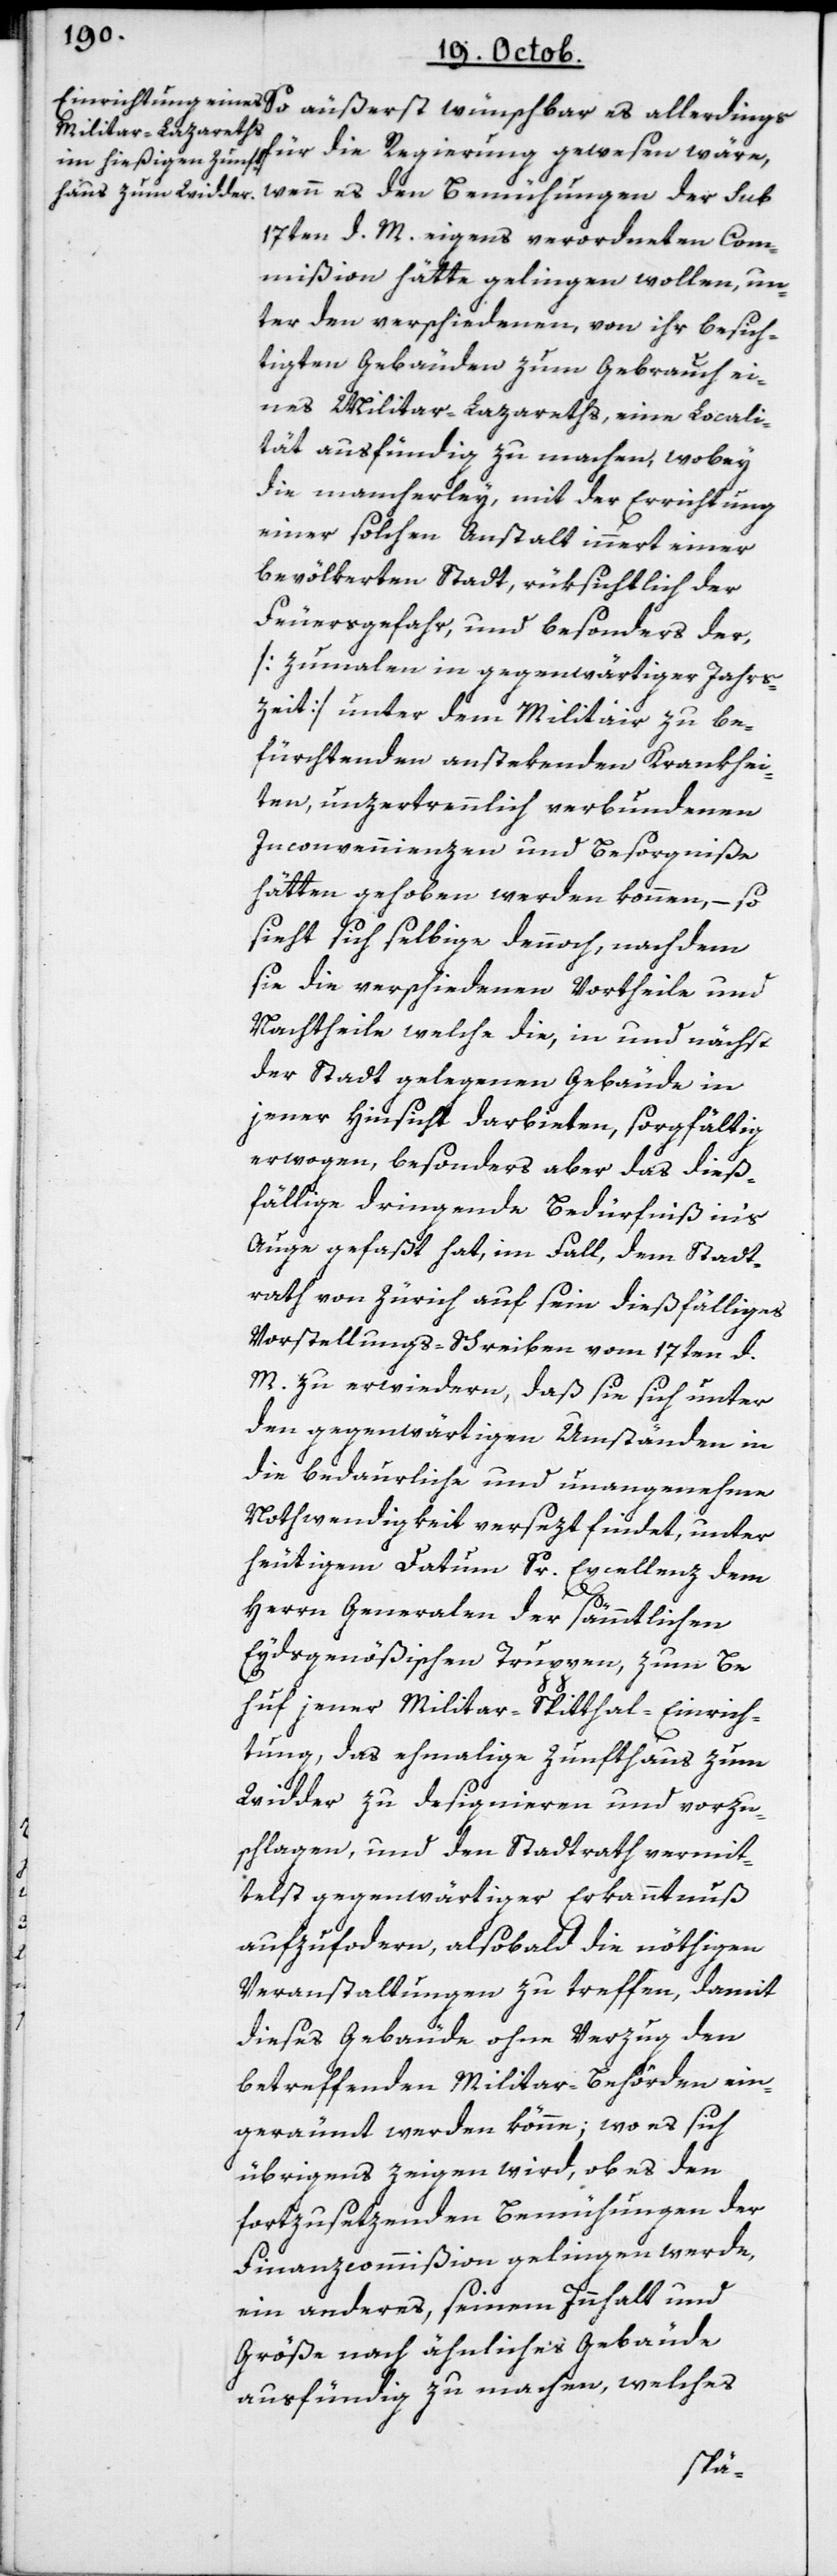
für die Regierung gewesen wäre,
wenn es den Bemühungen der sub
17ten d. M. eigens verordneten Com¬
mißion hätte gelingen wollen, un¬
ter den verschiedenen von ihr besich¬
tigten Gebäuden zum Gebrauch ei¬
nes Militar-Lazareths, eine Locali¬
tät ausfündig zu machen, wobey
die mancherley, mit der Errichtung
einer solchen Anstalt innert einer
bevölkerten Stadt, rüksichtlich der
Feuersgefahr und besonders der
[zumalen in gegenwärtiger Jahrs¬
zeit] unter dem Militair zu be¬
fürchtenden anstekenden Krankhei¬
ten, unzertrennlich verbundenen
Inconvennienzen und Besorgniße
hätten gehoben werden können, – so
sieht sich selbige dennoch, nachdem
sie die verschiedenen Vortheile und
Nachtheile welche die, in und nächst
der Stadt gelegenen Gebäude in
jener Hinsicht darbieten, sorgfältig
erwogen, besonders aber das dieß¬
fällige dringende Bedürfniß ins
Auge gefaßt hat, im Fall, dem Stadt¬
rath von Zürich auf sein dießfälliges
Vorstellungs-Schreiben vom 17ten d.
M. zu erwidern, daß sie sich unter
den gegenwärtigen Umständen in
die bedaurliche und unangenehme
Nothwendigkeit versezt findet, unter
heutigem Datum Sr. Excellenz dem
es
Herrn Generalen der sämmtlichen
Eydsgenößischen Truppen, zum Be¬
huf jener Militar-Spitthal-Einrich¬
tung, das ehemahlige Zunfthaus zum
Widder zu designieren und vorzu¬
schlagen, und den Stadtrath vermit¬
telst gegenwärtiger Erkanntnuß
aufzufordern, alsobald die nöthigen
Veranstaltungen zu treffen, damit
dieses Gebäude ohne Verzug den
betreffenden Militar-Behörden ein¬
geräumt werden könne; wo es sich
übrigens zeigen wird, ob es den
fortzusetzenden Bemühungen der
Finanzcommißion gelingen werde,
ein anderes, seinem Innhalt und
Größe nach ähnliches Gebäude
ausfündig zu machen, welches